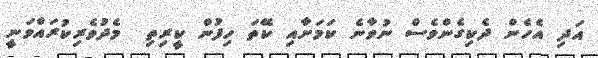
އަދި އެހެން ދެކިގެންވެސް ނުވާނެ ކަމަށާއި ކޭތަ ހިފުން ކީރިތި  މެދުވެރިކުރައްވަނީ